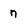
Character: n